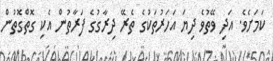
ކަމަށެވެ. އަދި ވޭތުވެ ދިޔަ އަހަރުތަކުގެ ތެރޭ ދިރާގުގެ ފަރާތުން އެކި ގޮތްގޮތުން